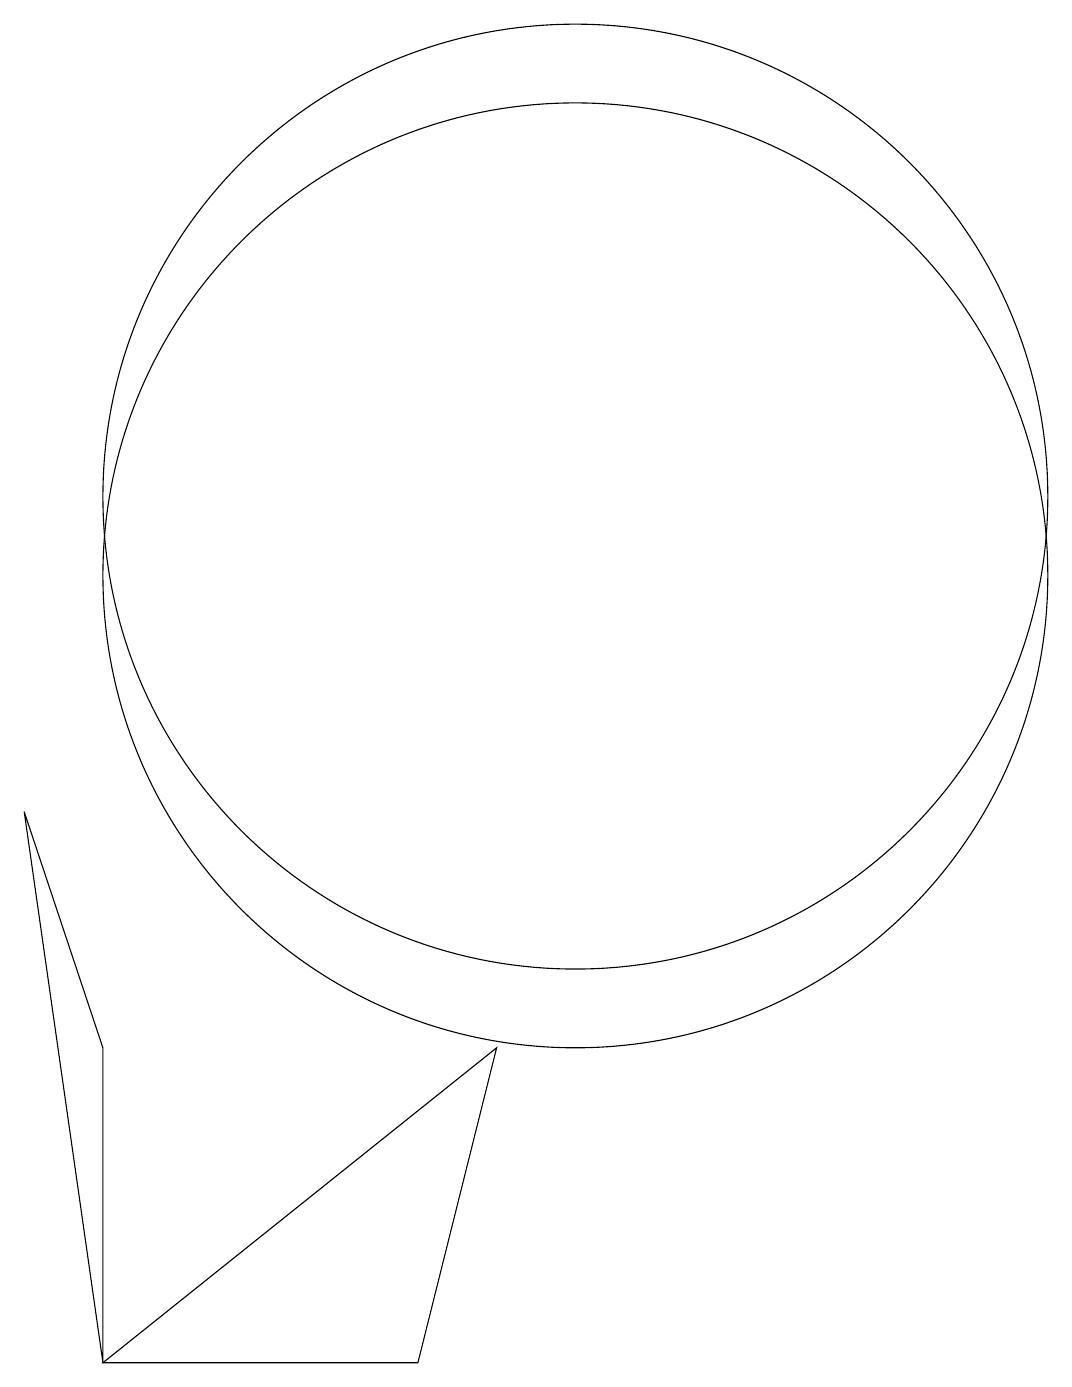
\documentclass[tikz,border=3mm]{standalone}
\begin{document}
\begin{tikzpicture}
\draw (4,4) -- (3,7) -- (4,0) -- cycle;
\draw (10,11) circle (6);
\draw (12,10) circle (0);
\draw (10,10) circle (6);
\draw (4,0) -- (8,0) -- (9,4) -- cycle;
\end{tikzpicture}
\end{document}